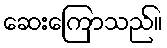
ဆေးကြောသည်။